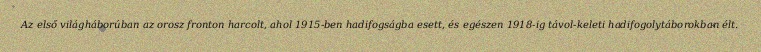
Az első világháborúban az orosz fronton harcolt, ahol 1915-ben hadifogságba esett, és egészen 1918-ig távol-keleti hadifogolytáborokban élt.